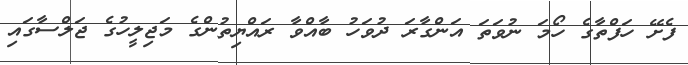
ފެށޭ ހަފްތާގެ ހޯމަ ނުވަތަ އަންގާރަ ދުވަހު ބާއްވާ ރައްޔިތުންގެ މަޖިލީހުގެ ޖަލްސާގައި